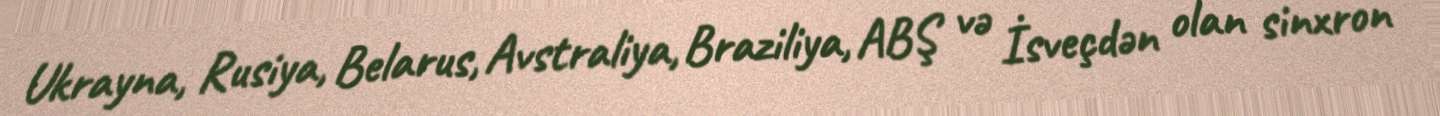
Ukrayna, Rusiya, Belarus, Avstraliya, Braziliya, ABŞ və İsveçdən olan sinxron